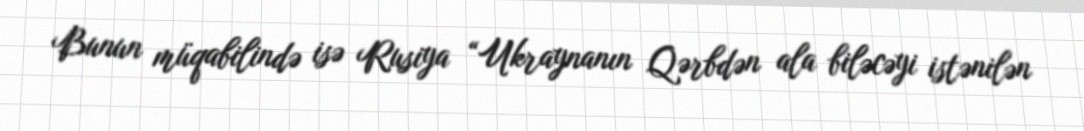
Bunun müqabilində isə Rusiya “Ukraynanın Qərbdən ala biləcəyi istənilən